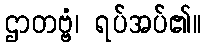
ဌာတဗ္ဗံ၊ ရပ်အပ်၏။